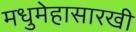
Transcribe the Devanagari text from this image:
मधुमेहासारखी